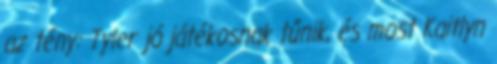
az tény: Tyler jó játékosnak tűnik, és most Kaitlyn